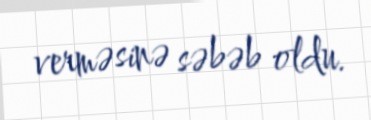
verməsinə səbəb oldu.